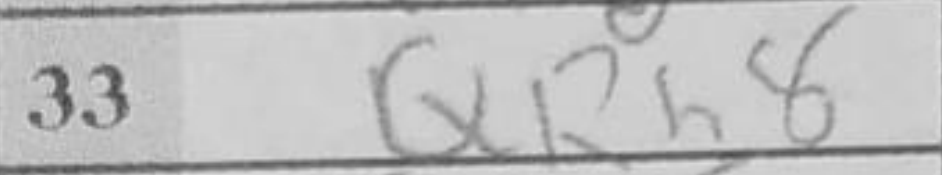
Transcription: QRh8